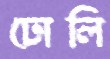
ঢোলি